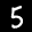
Label: 5